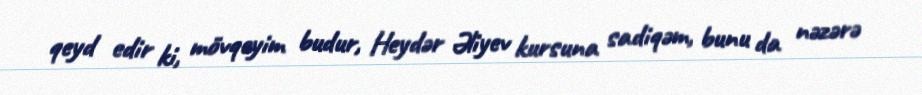
qeyd edir ki, mövqeyim budur, Heydər Əliyev kursuna sadiqəm, bunu da nəzərə